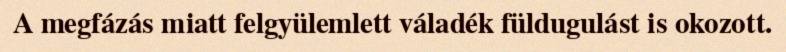
A megfázás miatt felgyülemlett váladék füldugulást is okozott.